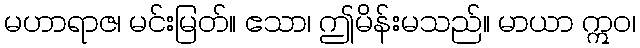
မဟာရာဇ၊ မင်းမြတ်။ ဧသာ၊ ဤမိန်းမသည်။ မာယာ ဣဝ၊